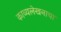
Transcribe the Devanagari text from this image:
काव्यलेखनाचा